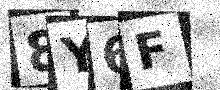
Text: 8Y6F